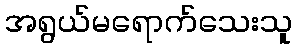
အရွယ်မရောက်သေးသူ